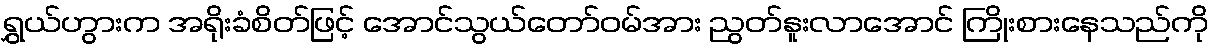
ရွှယ်ဟွားက အရိုးခံစိတ်ဖြင့် အောင်သွယ်တော်ဝမ်အား ညွတ်နူးလာအောင် ကြိုးစားနေသည်ကို